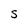
Character: S